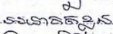
អនាគតខ្លួន